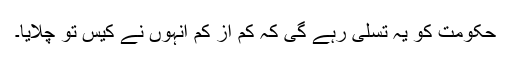
حکومت کو یہ تسلی رہے گی کہ کم از کم انہوں نے کیس تو چلایا۔